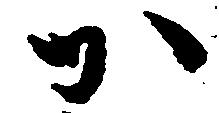
か